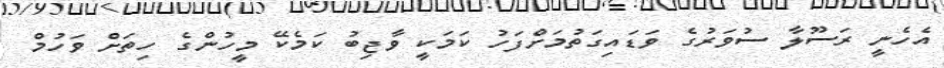
އެހެނީ ރަސޫލާ ސުވަރުގެ ވަޑައިގަތުމަށްފަހު ކަމަކީ ވާޖިބު ކަމެކޭ މީހުންގެ ހިތަށް ވަހުމް